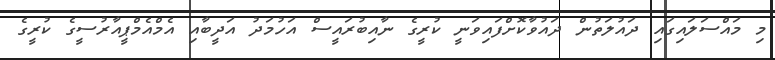
މި މައްސަލައިގައި ދައުލަތުން ދައުވާކޮށްފައިވަނީ ކުރީގެ ނާއިބުރައީސް އަހުމަދު އަދީބާއި އެމްއެމްޕީއާރުސީގެ ކުރީގެ